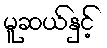
မူဆယ်နှင့်